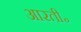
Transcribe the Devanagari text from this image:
आरती॰